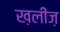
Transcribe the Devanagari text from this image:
ख़लीज़